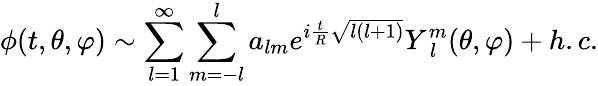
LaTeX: \phi(t,\theta,\varphi)\sim\sum_{l=1}^{\infty}\sum_{m=-l}^{l}a_{lm}e^{i\frac{t}{R}\sqrt{l(l+1)}}Y_{\; l}^{m}(\theta,\varphi)+h.c.